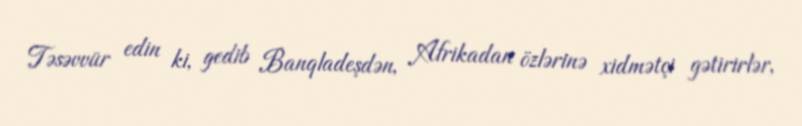
Təsəvvür edin ki, gedib Banqladeşdən, Afrikadan özlərinə xidmətçi gətirirlər,